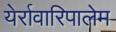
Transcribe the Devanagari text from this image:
येर्रावारिपालेम